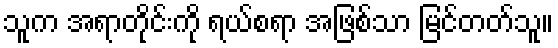
သူက အရာတိုင်းကို ရယ်စရာ အဖြစ်သာ မြင်တတ်သူ။